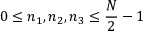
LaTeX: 0 \leq n _ { 1 } , n _ { 2 } , n _ { 3 } \leq { \frac { N } { 2 } } - 1